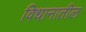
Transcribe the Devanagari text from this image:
विधानातील